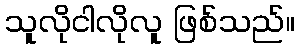
သူလိုငါလိုလူ ဖြစ်သည်။